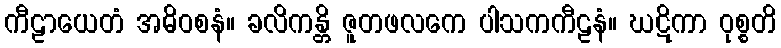
ကီဠာယေတံ အဓိဝစနံ။ ခလိကန္တိ ဇူတဖလကေ ပါသကကီဠနံ။ ဃဋိကာ ဝုစ္စတိ